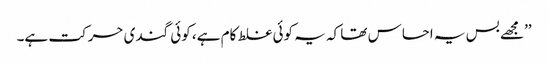
’’مجھے بس یہ احساس تھا کہ یہ کوئی غلط کام ہے، کوئی گندی حرکت ہے۔